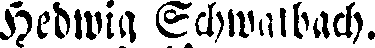
Hedwig Schwalbach.